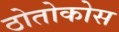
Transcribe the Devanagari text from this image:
ठोतोकोस